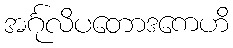
အင်္ဂုလိပတောဒကေဟိ